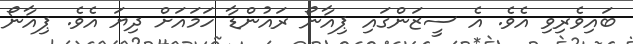
ބައިވެރިވި އެވެ. އެ ސީޒަންގައި ޕިއާނޯ ރައުންޑާ ހަމައަށް ދިޔަ އެވެ. ޕިއާނޯ